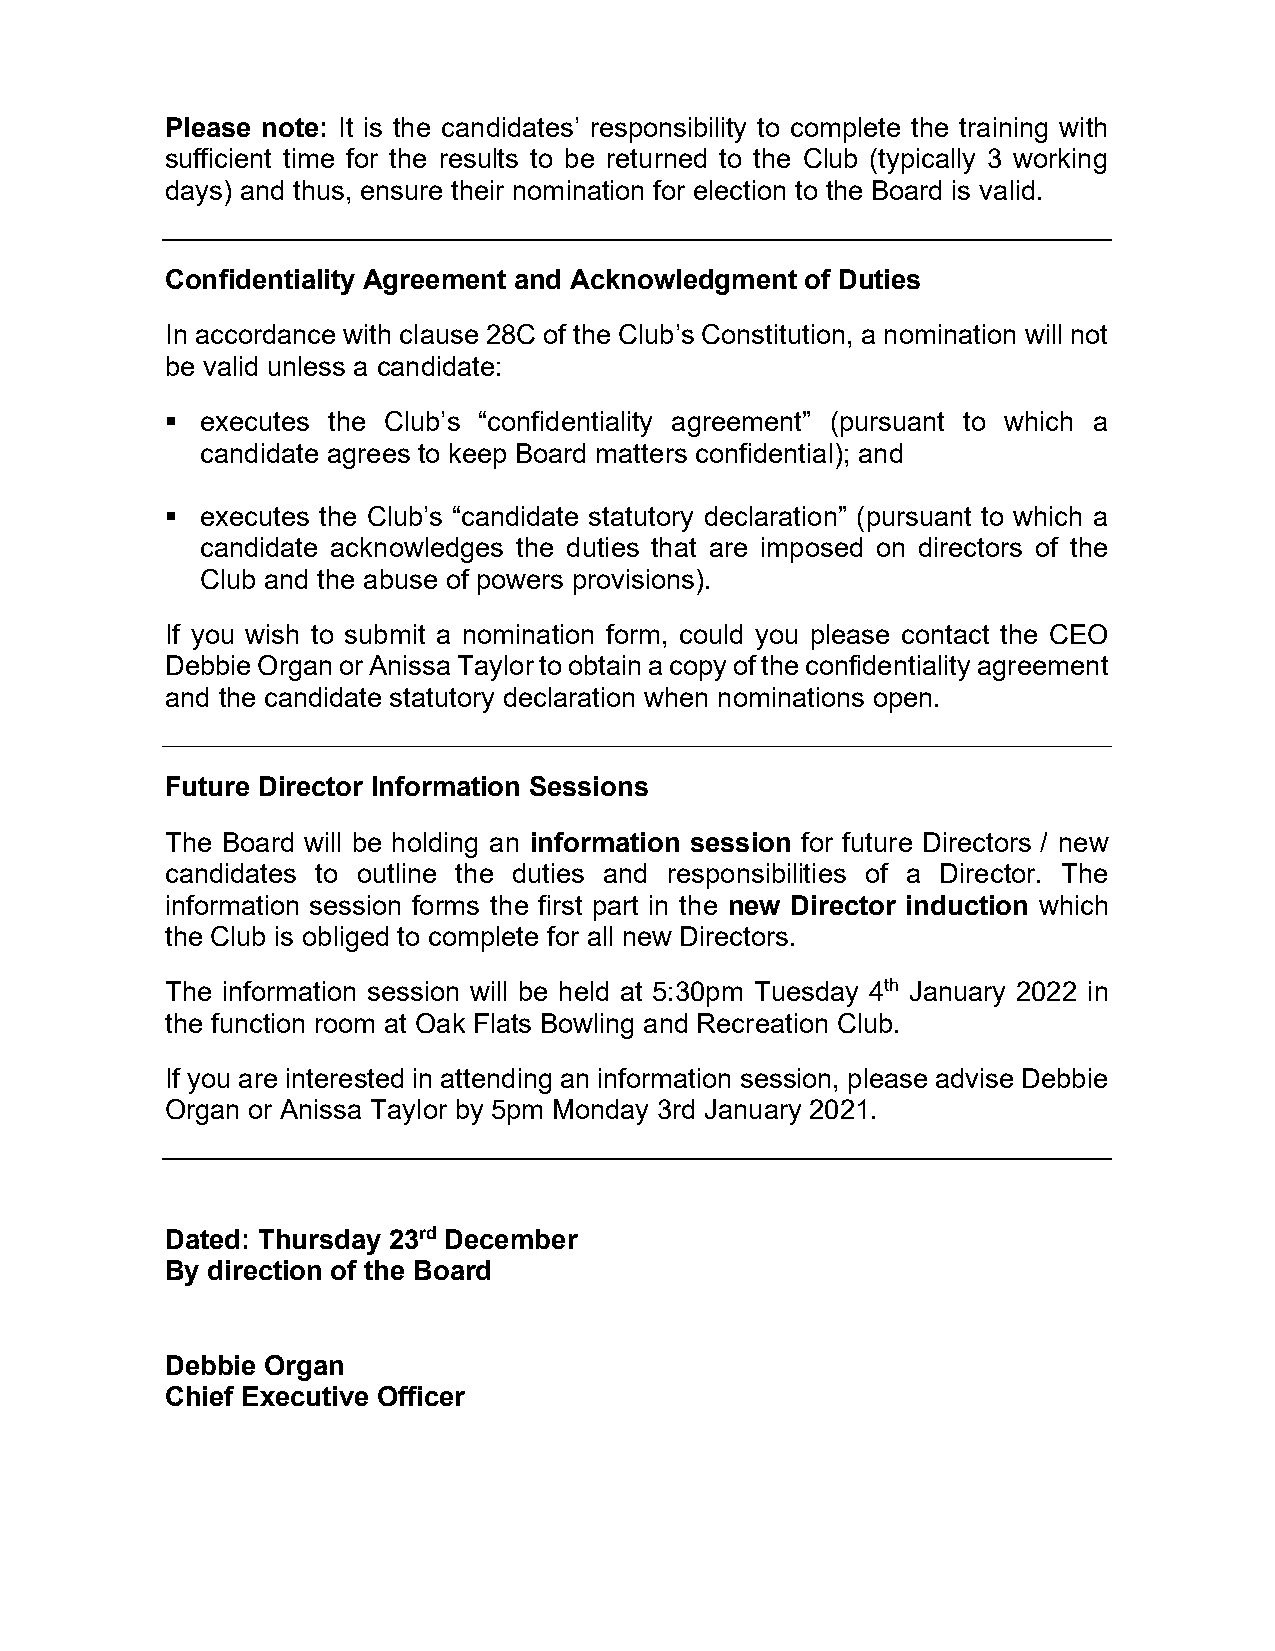
Please note: It is the candidates’ responsibility to complete the training with
 sufficient time for the results to be returned to the Club (typically 3 working
 days) and thus, ensure their nomination for election to the Board is valid.
 Confidentiality Agreement and Acknowledgment of Duties
 In accordance with clause 28C of the Club’s Constitution, a nomination will not
 be valid unless a candidate:
  executes the Club’s “confidentiality agreement” (pursuant to which a
 candidate agrees to keep Board matters confidential); and
  executes the Club’s “candidate statutory declaration” (pursuant to which a
 candidate acknowledges the duties that are imposed on directors of the
 Club and the abuse of powers provisions).
 If you wish to submit a nomination form, could you please contact the CEO
 Debbie Organ or Anissa Taylor to obtain a copy of the confidentiality agreement
 and the candidate statutory declaration when nominations open.
 Future Director Information Sessions
 The Board will be holding an information session for future Directors / new
 candidates to outline the duties and responsibilities of a Director. The
 information session forms the first part in the new Director induction which
 the Club is obliged to complete for all new Directors.
 The information session will be held at 5:30pm Tuesday 4th January 2022 in
 the function room at Oak Flats Bowling and Recreation Club.
 If you are interested in attending an information session, please advise Debbie
 Organ or Anissa Taylor by 5pm Monday 3rd January 2021.
 Dated: Thursday 23rd December
 By direction of the Board
 Debbie Organ
 Chief Executive Officer